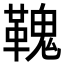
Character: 𩌃